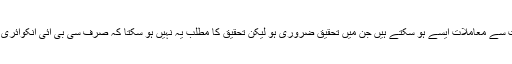
بہت سے معاملات ایسے ہو سکتے ہیں جن میں تحقیق ضروری ہو لیکن تحقیق کا مطلب یہ نہیں ہو سکتا کہ صرف سی بی آئی انکوائری ہو۔